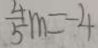
\frac { 4 } { 5 } m = - 4